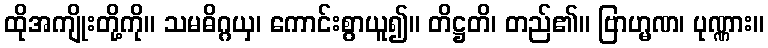
ထိုအကျိုးတို့ကို။ သမဓိဂ္ဂယှ၊ ကောင်းစွာယူ၍။ တိဋ္ဌတိ၊ တည်၏။ ဗြာဟ္မဏ၊ ပုဏ္ဏား။